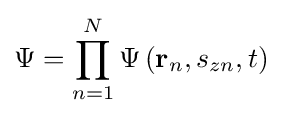
\Psi =\prod _{n=1}^{N}\Psi \left(\mathbf {r} _{n},s_{zn},t\right)